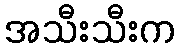
အသီးသီးက